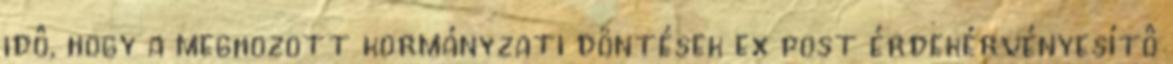
idô, hogy a meghozott kormányzati döntések ex post érdekérvényesítô